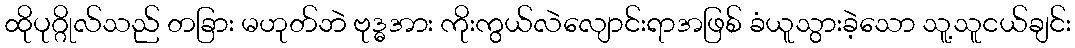
ထိုပုဂ္ဂိုလ်သည် တခြား မဟုတ်ဘဲ ဗုဒ္ဓအား ကိုးကွယ်လဲလျောင်းရာအဖြစ် ခံယူသွားခဲ့သော သူ့သူငယ်ချင်း